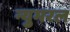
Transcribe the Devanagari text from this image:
न्युमरल